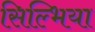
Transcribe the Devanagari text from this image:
सिल्भिया